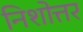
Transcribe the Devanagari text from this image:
निशोत्तर